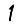
Digit: 1